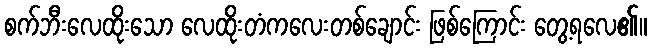
စက်ဘီးလေထိုးသော လေထိုးတံကလေးတစ်ချောင်း ဖြစ်ကြောင်း တွေ့ရလေ၏။